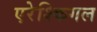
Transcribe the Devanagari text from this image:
एरेश्किगल